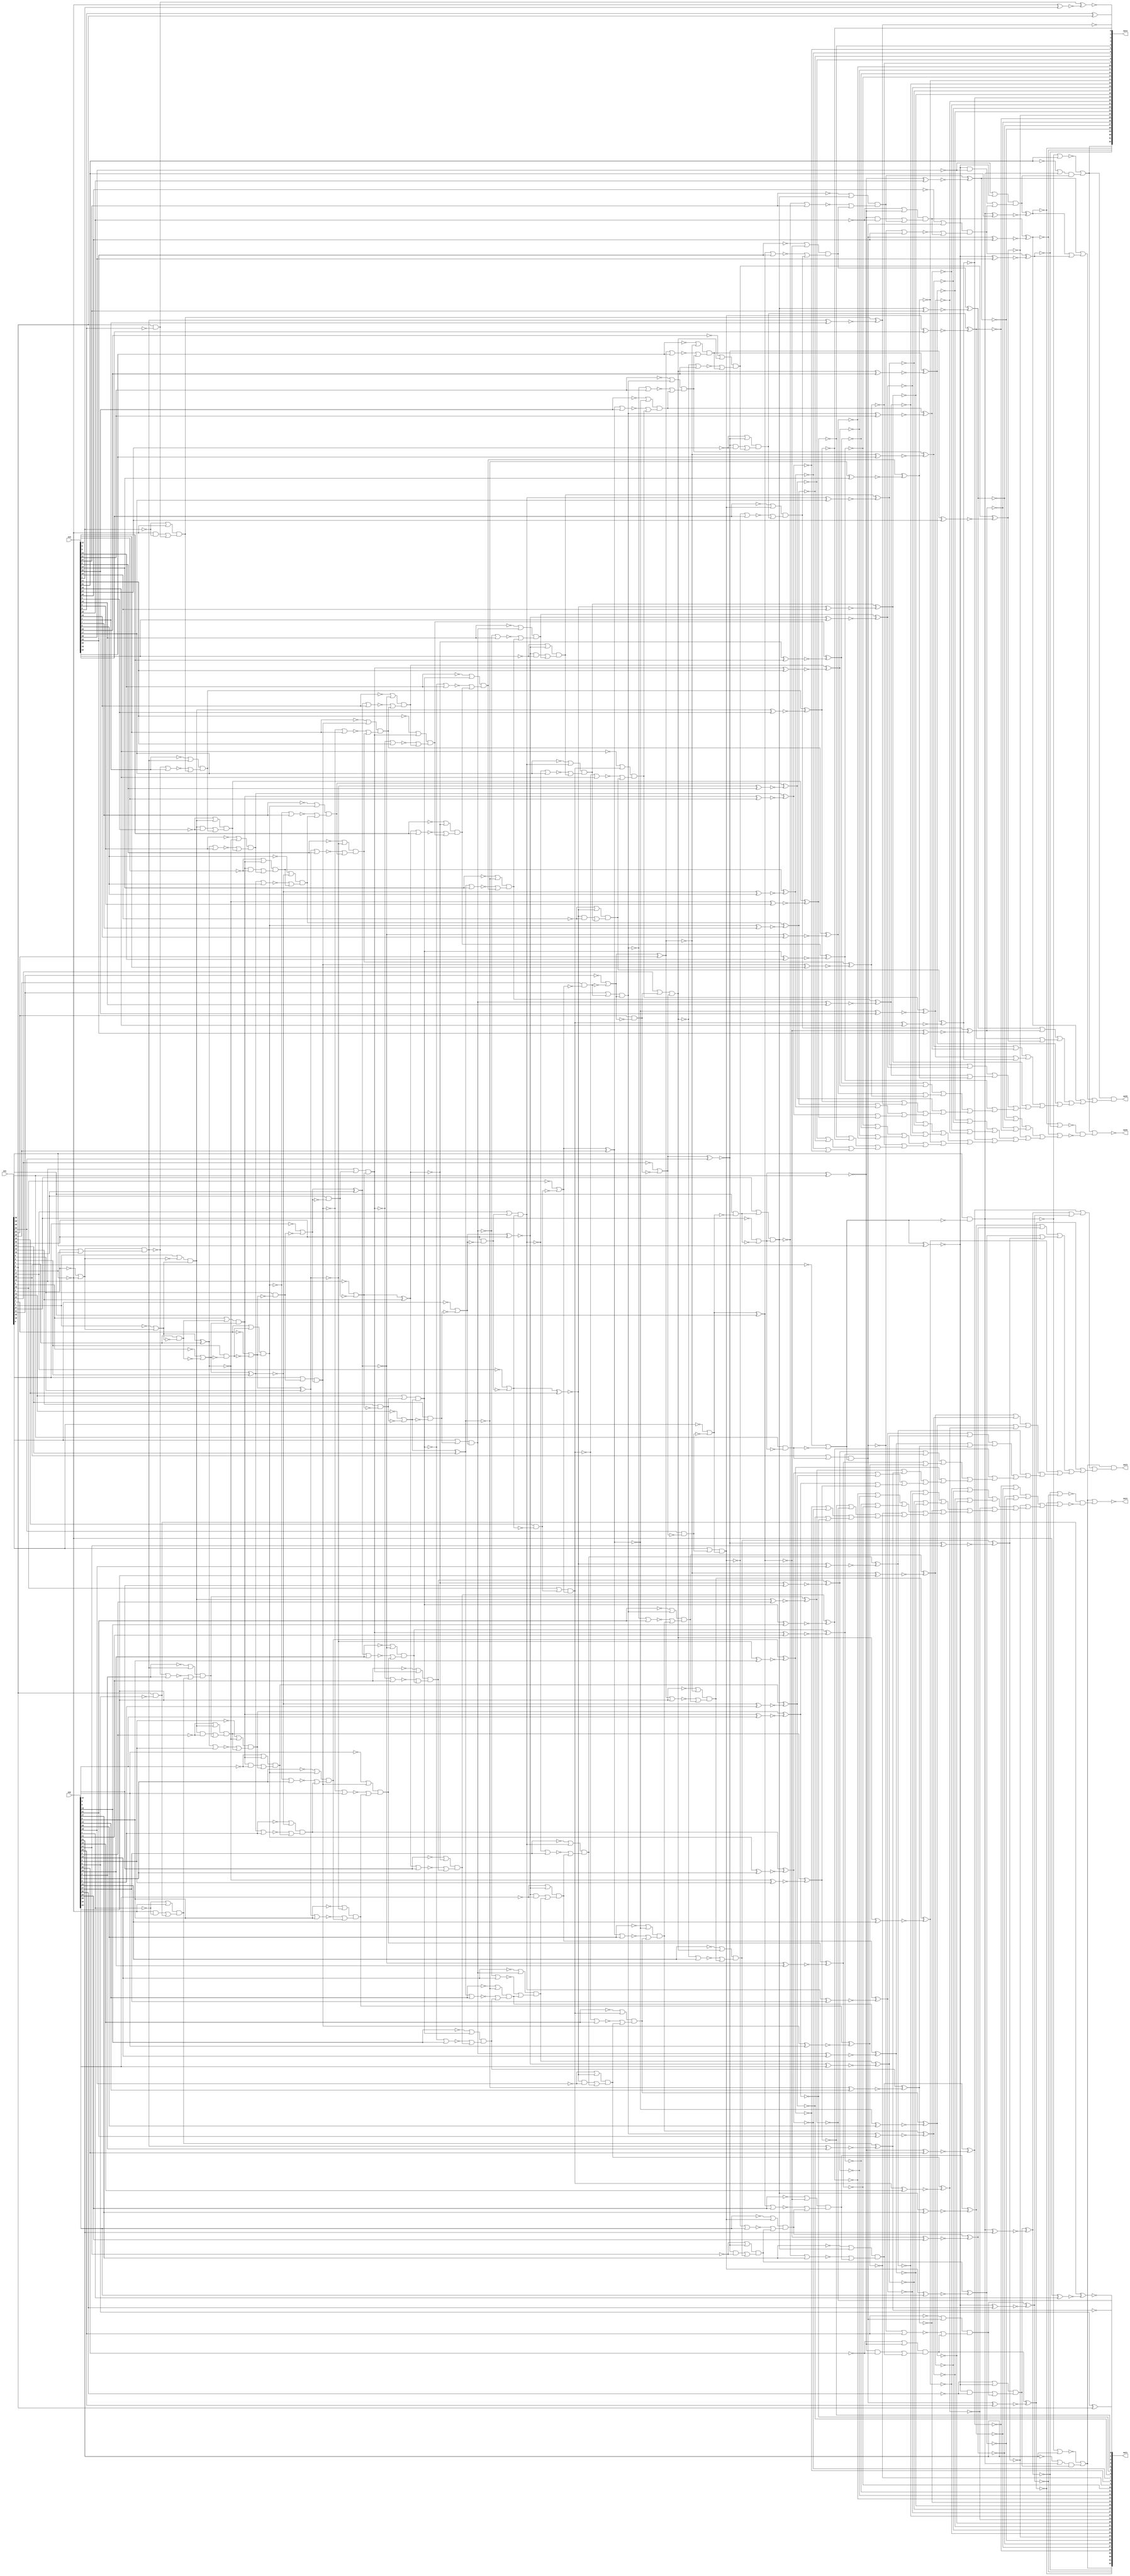
module top(in1, in2, in3, out1, out2, out3, out4, out5, out6);
  input [30:0] in1;
  input [31:0] in2, in3;
  output [32:0] out1, out4;
  output out2, out3, out5, out6;
  wire [30:0] in1;
  wire [31:0] in2, in3;
  wire [32:0] out1, out4;
  wire out2, out3, out5, out6;
  wire w__1, w__2, w__3, w__4, w__5, w__6, w__7, w__8;
  wire w__9, w__10, w__11, w__12, w__13, w__14, w__15, w__16;
  wire w__17, w__18, w__19, w__20, w__21, w__22, w__23, w__24;
  wire w__25, w__26, w__27, w__28, w__29, w__30, w__31, w__32;
  wire w__33, w__34, w__35, w__36, w__37, w__38, w__39, w__40;
  wire w__41, w__42, w__43, w__44, w__45, w__46, w__47, w__48;
  wire w__49, w__50, w__51, w__52, w__53, w__54, w__55, w__56;
  wire w__57, w__58, w__59, w__60, w__61, w__62, w__63, w__64;
  wire w__65, w__66, w__67, w__68, w__69, w__70, w__71, w__72;
  wire w__73, w__74, w__75, w__76, w__77, w__78, w__79, w__80;
  wire w__81, w__82, w__83, w__84, w__85, w__86, w__87, w__88;
  wire w__89, w__90, w__91, w__92, w__93, w__94, w__95, w__96;
  wire w__97, w__98, w__99, w__100, w__101, w__102, w__103, w__104;
  wire w__105, w__106, w__107, w__108, w__109, w__110, w__111, w__112;
  wire w__113, w__114, w__115, w__116, w__117, w__118, w__119, w__120;
  wire w__121, w__122, w__123, w__124, w__125, w__126, w__127, w__128;
  wire w__129, w__130, w__131, w__132, w__133, w__134, w__135, w__136;
  wire w__137, w__138, w__139, w__140, w__141, w__142, w__143, w__144;
  wire w__145, w__146, w__147, w__148, w__149, w__150, w__151, w__152;
  wire w__153, w__154, w__155, w__156, w__157, w__158, w__159, w__160;
  wire w__161, w__162, w__163, w__164, w__165, w__166, w__167, w__168;
  wire w__169, w__170, w__171, w__172, w__173, w__174, w__175, w__176;
  wire w__177, w__178, w__179, w__180, w__181, w__182, w__183, w__184;
  wire w__185, w__186, w__187, w__188, w__189, w__190, w__191, w__192;
  wire w__193, w__194, w__195, w__196, w__197, w__198, w__199, w__200;
  wire w__201, w__202, w__203, w__204, w__205, w__206, w__207, w__208;
  wire w__209, w__210, w__211, w__212, w__213, w__214, w__215, w__216;
  wire w__217, w__218, w__219, w__220, w__221, w__222, w__223, w__224;
  wire w__225, w__226, w__227, w__228, w__229, w__230, w__231, w__232;
  wire w__233, w__234, w__235, w__236, w__237, w__238, w__239, w__240;
  wire w__241, w__242, w__243, w__244, w__245, w__246, w__247, w__248;
  wire w__249, w__250, w__251, w__252, w__253, w__254, w__255, w__256;
  wire w__257, w__258, w__259, w__260, w__261, w__262, w__263, w__264;
  wire w__265, w__266, w__267, w__268, w__269, w__270, w__271, w__272;
  wire w__273, w__274, w__275, w__276, w__277, w__278, w__279, w__280;
  wire w__281, w__282, w__283, w__284, w__285, w__286, w__287, w__288;
  wire w__289, w__290, w__291, w__292, w__293, w__294, w__295, w__296;
  wire w__297, w__298, w__299, w__300, w__301, w__302, w__303, w__304;
  wire w__305, w__306, w__307, w__308, w__309, w__310, w__311, w__312;
  wire w__313, w__314, w__315, w__316, w__317, w__318, w__319, w__320;
  wire w__321, w__322, w__323, w__324, w__325, w__326, w__327, w__328;
  wire w__329, w__330, w__331, w__332, w__333, w__334, w__335, w__336;
  wire w__337, w__338, w__339, w__340, w__341, w__342, w__343, w__344;
  wire w__345, w__346, w__347, w__348, w__349, w__350, w__351, w__352;
  wire w__353, w__354, w__355, w__356, w__357, w__358, w__359, w__360;
  wire w__361, w__362, w__363, w__364, w__365, w__366, w__367, w__368;
  wire w__369, w__370, w__371, w__372, w__373, w__374, w__375, w__376;
  wire w__377, w__378, w__379, w__380, w__381, w__382, w__383, w__384;
  wire w__385, w__386, w__387, w__388, w__389, w__390, w__391, w__392;
  wire w__393, w__394, w__395, w__396, w__397, w__398, w__399, w__400;
  wire w__401, w__402, w__403, w__404, w__405, w__406, w__407, w__408;
  wire w__409, w__410, w__411, w__412, w__413, w__414, w__415, w__416;
  wire w__417, w__418, w__419, w__420, w__421, w__422, w__423, w__424;
  wire w__425, w__426, w__427, w__428, w__429, w__430, w__431, w__432;
  wire w__433, w__434, w__435, w__436, w__437, w__438, w__439, w__440;
  wire w__441, w__442, w__443, w__444, w__445, w__446, w__447, w__448;
  wire w__449, w__450, w__451, w__452, w__453, w__454, w__455, w__456;
  wire w__457, w__458, w__459, w__460, w__461, w__462, w__463, w__464;
  wire w__465, w__466, w__467, w__468, w__469, w__470, w__471, w__472;
  wire w__473, w__474, w__475, w__476, w__477, w__478, w__479, w__480;
  wire w__481, w__482, w__483, w__484, w__485, w__486, w__487, w__488;
  wire w__489, w__490, w__491, w__492, w__493, w__494, w__495, w__496;
  wire w__497, w__498, w__499, w__500, w__501, w__502, w__503, w__504;
  wire w__505, w__506, w__507, w__508, w__509, w__510, w__511, w__512;
  wire w__513, w__514, w__515, w__516, w__517, w__518, w__519, w__520;
  wire w__521, w__522, w__523, w__524, w__525, w__526, w__527, w__528;
  wire w__529, w__530, w__531, w__532, w__533, w__534, w__535, w__536;
  wire w__537, w__538, w__539, w__540, w__541, w__542, w__543, w__544;
  wire w__545, w__546, w__547, w__548, w__549, w__550, w__551, w__552;
  wire w__553, w__554, w__555, w__556, w__557, w__558, w__559, w__560;
  wire w__561, w__562, w__563, w__564, w__565, w__566, w__567, w__568;
  wire w__569, w__570, w__571, w__572, w__573, w__574, w__575, w__576;
  wire w__577, w__578, w__579, w__580, w__581, w__582, w__583, w__584;
  wire w__585, w__586, w__587, w__588, w__589, w__590, w__591, w__592;
  wire w__593, w__594, w__595, w__596, w__597, w__598, w__599, w__600;
  wire w__601, w__602, w__603, w__604, w__605, w__606, w__607, w__608;
  wire w__609, w__610, w__611, w__612, w__613, w__614, w__615, w__616;
  wire w__617, w__618, w__619, w__620, w__621, w__622, w__623, w__624;
  wire w__625, w__626, w__627, w__628, w__629, w__630, w__631, w__632;
  wire w__633, w__634, w__635, w__636, w__637, w__638, w__639, w__640;
  wire w__641, w__642, w__643, w__644, w__645, w__646, w__647, w__648;
  wire w__649, w__650, w__651, w__652, w__653, w__654, w__655, w__656;
  wire w__657, w__658, w__659, w__660, w__661, w__662, w__663, w__664;
  wire w__665, w__666, w__667, w__668, w__669, w__670, w__671, w__672;
  wire w__673, w__674, w__675, w__676, w__677, w__678, w__679, w__680;
  wire w__681, w__682, w__683, w__684, w__685, w__686, w__687, w__688;
  wire w__689, w__690, w__691, w__692, w__693, w__694, w__695, w__696;
  wire w__697, w__698, w__699, w__700, w__701, w__702, w__703, w__704;
  wire w__705, w__706, w__707, w__708, w__709, w__710, w__711, w__712;
  wire w__713, w__714, w__715, w__716, w__717, w__718, w__719, w__720;
  wire w__721, w__722, w__723, w__724, w__725, w__726, w__727, w__728;
  wire w__729, w__730, w__731, w__732, w__733, w__734, w__735, w__736;
  wire w__737, w__738, w__739, w__740, w__741, w__742, w__743, w__744;
  wire w__745, w__746, w__747, w__748, w__749, w__750, w__751, w__752;
  wire w__753, w__754, w__755, w__756, w__757, w__758, w__759, w__760;
  wire w__761, w__762, w__763, w__764, w__765, w__766, w__767, w__768;
  wire w__769, w__770, w__771, w__772, w__773, w__774, w__775, w__776;
  wire w__777, w__778, w__779, w__780, w__781, w__782, w__783, w__784;
  wire w__785, w__786, w__787, w__788, w__789, w__790, w__791, w__792;
  wire w__793, w__794, w__795, w__796, w__797, w__798, w__799, w__800;
  wire w__801, w__802, w__803, w__804, w__805, w__806, w__807, w__808;
  wire w__809, w__810, w__811, w__812, w__813, w__814, w__815, w__816;
  wire w__817, w__818, w__819, w__820, w__821, w__822, w__823, w__824;
  wire w__825, w__826, w__827, w__828, w__829, w__830, w__831, w__832;
  wire w__833, w__834, w__835, w__836, w__837, w__838, w__839, w__840;
  wire w__841, w__842, w__843, w__844, w__845, w__846, w__847, w__848;
  wire w__849, w__850, w__851, w__852, w__853, w__854, w__855, w__856;
  wire w__857, w__858, w__859, w__860, w__861, w__862, w__863, w__864;
  wire w__865, w__866, w__867, w__868;
  not g__1(w__264 ,in1[1]);
  xnor g__2(w__293 ,w__87 ,in1[30]);
  and g__3(w__294 ,in1[30] ,w__86);
  and g__4(w__292 ,w__85 ,w__87);
  not g__5(w__86 ,w__87);
  or g__6(w__87 ,w__15 ,w__84);
  or g__7(w__85 ,in1[29] ,w__83);
  xnor g__8(w__291 ,w__81 ,in1[28]);
  not g__9(w__84 ,w__83);
  and g__10(w__83 ,in1[28] ,w__80);
  and g__11(w__290 ,w__82 ,w__81);
  or g__12(w__82 ,in1[27] ,w__78);
  not g__13(w__80 ,w__81);
  or g__14(w__81 ,w__5 ,w__79);
  xnor g__15(w__289 ,w__76 ,in1[26]);
  not g__16(w__79 ,w__78);
  and g__17(w__78 ,in1[26] ,w__75);
  and g__18(w__288 ,w__77 ,w__76);
  or g__19(w__77 ,in1[25] ,w__73);
  not g__20(w__75 ,w__76);
  or g__21(w__76 ,w__3 ,w__74);
  xnor g__22(w__287 ,w__71 ,in1[24]);
  not g__23(w__74 ,w__73);
  and g__24(w__73 ,in1[24] ,w__70);
  and g__25(w__286 ,w__72 ,w__71);
  or g__26(w__72 ,in1[23] ,w__68);
  not g__27(w__70 ,w__71);
  or g__28(w__71 ,w__8 ,w__69);
  xnor g__29(w__285 ,w__67 ,in1[22]);
  not g__30(w__69 ,w__68);
  and g__31(w__68 ,in1[22] ,w__66);
  and g__32(w__284 ,w__65 ,w__67);
  not g__33(w__66 ,w__67);
  or g__34(w__67 ,w__4 ,w__64);
  or g__35(w__65 ,in1[21] ,w__63);
  xnor g__36(w__283 ,w__61 ,in1[20]);
  not g__37(w__64 ,w__63);
  and g__38(w__63 ,in1[20] ,w__60);
  and g__39(w__282 ,w__62 ,w__61);
  or g__40(w__62 ,in1[19] ,w__58);
  not g__41(w__60 ,w__61);
  or g__42(w__61 ,w__11 ,w__59);
  xnor g__43(w__281 ,w__56 ,in1[18]);
  not g__44(w__59 ,w__58);
  and g__45(w__58 ,in1[18] ,w__55);
  and g__46(w__280 ,w__57 ,w__56);
  or g__47(w__57 ,in1[17] ,w__53);
  not g__48(w__55 ,w__56);
  or g__49(w__56 ,w__16 ,w__54);
  xnor g__50(w__279 ,w__51 ,in1[16]);
  not g__51(w__54 ,w__53);
  and g__52(w__53 ,in1[16] ,w__50);
  and g__53(w__278 ,w__52 ,w__51);
  or g__54(w__52 ,in1[15] ,w__48);
  not g__55(w__50 ,w__51);
  or g__56(w__51 ,w__2 ,w__49);
  xnor g__57(w__277 ,w__47 ,in1[14]);
  not g__58(w__49 ,w__48);
  and g__59(w__48 ,in1[14] ,w__46);
  and g__60(w__276 ,w__45 ,w__47);
  not g__61(w__46 ,w__47);
  or g__62(w__47 ,w__9 ,w__44);
  or g__63(w__45 ,in1[13] ,w__43);
  xnor g__64(w__275 ,w__42 ,in1[12]);
  not g__65(w__44 ,w__43);
  and g__66(w__43 ,in1[12] ,w__41);
  and g__67(w__274 ,w__40 ,w__42);
  not g__68(w__41 ,w__42);
  or g__69(w__42 ,w__14 ,w__39);
  or g__70(w__40 ,in1[11] ,w__38);
  xnor g__71(w__273 ,w__36 ,in1[10]);
  not g__72(w__39 ,w__38);
  and g__73(w__38 ,in1[10] ,w__35);
  and g__74(w__272 ,w__37 ,w__36);
  or g__75(w__37 ,in1[9] ,w__33);
  not g__76(w__35 ,w__36);
  or g__77(w__36 ,w__1 ,w__34);
  xnor g__78(w__271 ,w__31 ,in1[8]);
  not g__79(w__34 ,w__33);
  and g__80(w__33 ,in1[8] ,w__30);
  and g__81(w__270 ,w__32 ,w__31);
  or g__82(w__32 ,in1[7] ,w__28);
  not g__83(w__30 ,w__31);
  or g__84(w__31 ,w__7 ,w__29);
  xnor g__85(w__269 ,w__26 ,in1[6]);
  not g__86(w__29 ,w__28);
  and g__87(w__28 ,in1[6] ,w__25);
  and g__88(w__268 ,w__27 ,w__26);
  or g__89(w__27 ,in1[5] ,w__23);
  not g__90(w__25 ,w__26);
  or g__91(w__26 ,w__13 ,w__24);
  xnor g__92(w__267 ,w__22 ,in1[4]);
  not g__93(w__24 ,w__23);
  and g__94(w__23 ,in1[4] ,w__21);
  and g__95(w__266 ,w__20 ,w__22);
  not g__96(w__21 ,w__22);
  or g__97(w__22 ,w__6 ,w__19);
  or g__98(w__20 ,in1[3] ,w__18);
  and g__99(w__265 ,w__19 ,w__17);
  not g__100(w__18 ,w__19);
  or g__101(w__19 ,w__10 ,w__12);
  or g__102(w__17 ,in1[2] ,in1[1]);
  not g__103(w__16 ,in1[17]);
  not g__104(w__15 ,in1[29]);
  not g__105(w__14 ,in1[11]);
  not g__106(w__13 ,in1[5]);
  not g__107(w__12 ,in1[1]);
  not g__108(w__11 ,in1[19]);
  not g__109(w__10 ,in1[2]);
  not g__110(w__9 ,in1[13]);
  not g__111(w__8 ,in1[23]);
  not g__112(w__7 ,in1[7]);
  not g__113(w__6 ,in1[3]);
  not g__114(w__5 ,in1[27]);
  not g__115(w__4 ,in1[21]);
  not g__116(w__3 ,in1[25]);
  not g__117(w__2 ,in1[15]);
  not g__118(w__1 ,in1[9]);
  nor g__119(w__116 ,out1[32] ,w__115);
  and g__120(w__115 ,w__99 ,w__114);
  nor g__121(w__114 ,out1[29] ,w__113);
  or g__122(w__113 ,w__102 ,w__112);
  or g__123(w__112 ,out1[24] ,w__111);
  or g__124(w__111 ,w__104 ,w__110);
  or g__125(w__110 ,out1[19] ,w__109);
  or g__126(w__109 ,w__100 ,w__108);
  or g__127(w__108 ,out1[14] ,w__107);
  or g__128(w__107 ,w__103 ,w__106);
  or g__129(w__106 ,out1[9] ,w__105);
  or g__130(w__105 ,w__93 ,w__101);
  or g__131(w__104 ,w__96 ,w__92);
  or g__132(w__103 ,w__97 ,w__95);
  or g__133(w__102 ,w__94 ,w__89);
  or g__134(w__101 ,w__91 ,w__90);
  or g__135(w__100 ,w__88 ,w__98);
  nor g__136(w__99 ,out1[31] ,out1[30]);
  or g__137(w__98 ,out1[16] ,out1[15]);
  or g__138(w__97 ,out1[13] ,out1[12]);
  or g__139(w__96 ,out1[23] ,out1[22]);
  or g__140(w__95 ,out1[11] ,out1[10]);
  or g__141(w__94 ,out1[28] ,out1[27]);
  or g__142(w__93 ,out1[4] ,out1[3]);
  or g__143(w__92 ,out1[21] ,out1[20]);
  or g__144(w__91 ,out1[8] ,out1[7]);
  or g__145(w__90 ,out1[6] ,out1[5]);
  or g__146(w__89 ,out1[26] ,out1[25]);
  or g__147(w__88 ,out1[18] ,out1[17]);
  buf g__148(out2 ,w__116);
  and g__149(out3 ,out1[32] ,w__175);
  or g__150(w__175 ,w__164 ,w__174);
  or g__151(w__174 ,w__126 ,w__173);
  or g__152(w__173 ,w__160 ,w__172);
  or g__153(w__172 ,w__120 ,w__171);
  or g__154(w__171 ,w__161 ,w__170);
  or g__155(w__170 ,w__143 ,w__169);
  or g__156(w__169 ,w__163 ,w__168);
  or g__157(w__168 ,w__132 ,w__167);
  or g__158(w__167 ,w__162 ,w__166);
  or g__159(w__166 ,w__146 ,w__165);
  or g__160(w__165 ,w__151 ,w__159);
  or g__161(w__164 ,w__136 ,w__152);
  or g__162(w__163 ,w__157 ,w__156);
  or g__163(w__162 ,w__155 ,w__153);
  or g__164(w__161 ,w__154 ,w__150);
  or g__165(w__160 ,w__149 ,w__158);
  or g__166(w__159 ,w__148 ,w__147);
  or g__167(w__158 ,w__131 ,w__129);
  or g__168(w__157 ,w__118 ,w__122);
  or g__169(w__156 ,w__121 ,w__128);
  or g__170(w__155 ,w__119 ,w__124);
  or g__171(w__154 ,w__125 ,w__130);
  or g__172(w__153 ,w__127 ,w__123);
  or g__173(w__152 ,w__141 ,w__145);
  or g__174(w__151 ,w__138 ,w__140);
  or g__175(w__150 ,w__135 ,w__139);
  or g__176(w__149 ,w__137 ,w__144);
  or g__177(w__148 ,w__142 ,w__117);
  or g__178(w__147 ,w__133 ,w__134);
  not g__179(w__146 ,out1[8]);
  not g__180(w__145 ,out1[30]);
  not g__181(w__144 ,out1[26]);
  not g__182(w__143 ,out1[18]);
  not g__183(w__142 ,out1[7]);
  not g__184(w__141 ,out1[31]);
  not g__185(w__140 ,out1[2]);
  not g__186(w__139 ,out1[19]);
  not g__187(w__138 ,out1[3]);
  not g__188(w__137 ,out1[27]);
  not g__189(w__136 ,out1[28]);
  not g__190(w__135 ,out1[20]);
  not g__191(w__134 ,out1[4]);
  not g__192(w__133 ,out1[5]);
  not g__193(w__132 ,out1[13]);
  not g__194(w__131 ,out1[25]);
  not g__195(w__130 ,out1[21]);
  not g__196(w__129 ,out1[24]);
  not g__197(w__128 ,out1[14]);
  not g__198(w__127 ,out1[10]);
  not g__199(w__126 ,out1[29]);
  not g__200(w__125 ,out1[22]);
  not g__201(w__124 ,out1[11]);
  not g__202(w__123 ,out1[9]);
  not g__203(w__122 ,out1[16]);
  not g__204(w__121 ,out1[15]);
  not g__205(w__120 ,out1[23]);
  not g__206(w__119 ,out1[12]);
  not g__207(w__118 ,out1[17]);
  not g__208(w__117 ,out1[6]);
  nor g__209(w__204 ,out4[32] ,w__203);
  and g__210(w__203 ,w__187 ,w__202);
  nor g__211(w__202 ,out4[29] ,w__201);
  or g__212(w__201 ,w__190 ,w__200);
  or g__213(w__200 ,out4[24] ,w__199);
  or g__214(w__199 ,w__192 ,w__198);
  or g__215(w__198 ,out4[19] ,w__197);
  or g__216(w__197 ,w__188 ,w__196);
  or g__217(w__196 ,out4[14] ,w__195);
  or g__218(w__195 ,w__191 ,w__194);
  or g__219(w__194 ,out4[9] ,w__193);
  or g__220(w__193 ,w__181 ,w__189);
  or g__221(w__192 ,w__184 ,w__180);
  or g__222(w__191 ,w__185 ,w__183);
  or g__223(w__190 ,w__182 ,w__177);
  or g__224(w__189 ,w__179 ,w__178);
  or g__225(w__188 ,w__176 ,w__186);
  nor g__226(w__187 ,out4[31] ,out4[30]);
  or g__227(w__186 ,out4[16] ,out4[15]);
  or g__228(w__185 ,out4[13] ,out4[12]);
  or g__229(w__184 ,out4[23] ,out4[22]);
  or g__230(w__183 ,out4[11] ,out4[10]);
  or g__231(w__182 ,out4[28] ,out4[27]);
  or g__232(w__181 ,out4[4] ,out4[3]);
  or g__233(w__180 ,out4[21] ,out4[20]);
  or g__234(w__179 ,out4[8] ,out4[7]);
  or g__235(w__178 ,out4[6] ,out4[5]);
  or g__236(w__177 ,out4[26] ,out4[25]);
  or g__237(w__176 ,out4[18] ,out4[17]);
  buf g__238(out5 ,w__204);
  and g__239(out6 ,out4[32] ,w__263);
  or g__240(w__263 ,w__252 ,w__262);
  or g__241(w__262 ,w__214 ,w__261);
  or g__242(w__261 ,w__248 ,w__260);
  or g__243(w__260 ,w__208 ,w__259);
  or g__244(w__259 ,w__249 ,w__258);
  or g__245(w__258 ,w__231 ,w__257);
  or g__246(w__257 ,w__251 ,w__256);
  or g__247(w__256 ,w__220 ,w__255);
  or g__248(w__255 ,w__250 ,w__254);
  or g__249(w__254 ,w__234 ,w__253);
  or g__250(w__253 ,w__239 ,w__247);
  or g__251(w__252 ,w__224 ,w__240);
  or g__252(w__251 ,w__245 ,w__244);
  or g__253(w__250 ,w__243 ,w__241);
  or g__254(w__249 ,w__242 ,w__238);
  or g__255(w__248 ,w__237 ,w__246);
  or g__256(w__247 ,w__236 ,w__235);
  or g__257(w__246 ,w__219 ,w__217);
  or g__258(w__245 ,w__206 ,w__210);
  or g__259(w__244 ,w__209 ,w__216);
  or g__260(w__243 ,w__207 ,w__212);
  or g__261(w__242 ,w__213 ,w__218);
  or g__262(w__241 ,w__215 ,w__211);
  or g__263(w__240 ,w__229 ,w__233);
  or g__264(w__239 ,w__226 ,w__228);
  or g__265(w__238 ,w__223 ,w__227);
  or g__266(w__237 ,w__225 ,w__232);
  or g__267(w__236 ,w__230 ,w__205);
  or g__268(w__235 ,w__221 ,w__222);
  not g__269(w__234 ,out4[8]);
  not g__270(w__233 ,out4[30]);
  not g__271(w__232 ,out4[26]);
  not g__272(w__231 ,out4[18]);
  not g__273(w__230 ,out4[7]);
  not g__274(w__229 ,out4[31]);
  not g__275(w__228 ,out4[2]);
  not g__276(w__227 ,out4[19]);
  not g__277(w__226 ,out4[3]);
  not g__278(w__225 ,out4[27]);
  not g__279(w__224 ,out4[28]);
  not g__280(w__223 ,out4[20]);
  not g__281(w__222 ,out4[4]);
  not g__282(w__221 ,out4[5]);
  not g__283(w__220 ,out4[13]);
  not g__284(w__219 ,out4[25]);
  not g__285(w__218 ,out4[21]);
  not g__286(w__217 ,out4[24]);
  not g__287(w__216 ,out4[14]);
  not g__288(w__215 ,out4[10]);
  not g__289(w__214 ,out4[29]);
  not g__290(w__213 ,out4[22]);
  not g__291(w__212 ,out4[11]);
  not g__292(w__211 ,out4[9]);
  not g__293(w__210 ,out4[16]);
  not g__294(w__209 ,out4[15]);
  not g__295(w__208 ,out4[23]);
  not g__296(w__207 ,out4[12]);
  not g__297(w__206 ,out4[17]);
  not g__298(w__205 ,out4[6]);
  or g__299(w__581 ,w__425 ,w__579);
  xnor g__300(w__580 ,w__578 ,w__470);
  and g__301(w__579 ,w__404 ,w__578);
  and g__302(w__578 ,w__449 ,w__576);
  xnor g__303(w__577 ,w__575 ,w__469);
  or g__304(w__576 ,w__415 ,w__575);
  and g__305(w__575 ,w__403 ,w__573);
  xnor g__306(w__574 ,w__572 ,w__468);
  or g__307(w__573 ,w__441 ,w__572);
  and g__308(w__572 ,w__437 ,w__570);
  xnor g__309(w__571 ,w__569 ,w__467);
  or g__310(w__570 ,w__420 ,w__569);
  and g__311(w__569 ,w__414 ,w__567);
  xnor g__312(w__568 ,w__566 ,w__466);
  or g__313(w__567 ,w__398 ,w__566);
  and g__314(w__566 ,w__457 ,w__564);
  xnor g__315(w__565 ,w__563 ,w__465);
  or g__316(w__564 ,w__444 ,w__563);
  and g__317(w__563 ,w__433 ,w__561);
  xnor g__318(w__562 ,w__560 ,w__464);
  or g__319(w__561 ,w__434 ,w__560);
  and g__320(w__560 ,w__432 ,w__558);
  xnor g__321(w__559 ,w__557 ,w__463);
  or g__322(w__558 ,w__421 ,w__557);
  and g__323(w__557 ,w__419 ,w__555);
  xnor g__324(w__556 ,w__554 ,w__462);
  or g__325(w__555 ,w__459 ,w__554);
  and g__326(w__554 ,w__409 ,w__552);
  xnor g__327(w__553 ,w__551 ,w__461);
  or g__328(w__552 ,w__400 ,w__551);
  and g__329(w__551 ,w__397 ,w__549);
  xnor g__330(w__550 ,w__548 ,w__460);
  or g__331(w__549 ,w__438 ,w__548);
  and g__332(w__548 ,w__453 ,w__546);
  xnor g__333(w__547 ,w__545 ,w__490);
  or g__334(w__546 ,w__443 ,w__545);
  and g__335(w__545 ,w__448 ,w__543);
  xnor g__336(w__544 ,w__542 ,w__489);
  or g__337(w__543 ,w__442 ,w__542);
  and g__338(w__542 ,w__439 ,w__540);
  xnor g__339(w__541 ,w__539 ,w__488);
  or g__340(w__540 ,w__413 ,w__539);
  and g__341(w__539 ,w__430 ,w__537);
  xnor g__342(w__538 ,w__536 ,w__487);
  or g__343(w__537 ,w__456 ,w__536);
  and g__344(w__536 ,w__429 ,w__534);
  xnor g__345(w__535 ,w__533 ,w__486);
  or g__346(w__534 ,w__423 ,w__533);
  and g__347(w__533 ,w__422 ,w__531);
  xnor g__348(w__532 ,w__530 ,w__485);
  or g__349(w__531 ,w__418 ,w__530);
  and g__350(w__530 ,w__417 ,w__528);
  xnor g__351(w__529 ,w__527 ,w__484);
  or g__352(w__528 ,w__412 ,w__527);
  and g__353(w__527 ,w__427 ,w__525);
  xnor g__354(w__526 ,w__524 ,w__483);
  or g__355(w__525 ,w__406 ,w__524);
  and g__356(w__524 ,w__405 ,w__522);
  xnor g__357(w__523 ,w__521 ,w__482);
  or g__358(w__522 ,w__402 ,w__521);
  and g__359(w__521 ,w__401 ,w__519);
  xnor g__360(w__520 ,w__518 ,w__481);
  or g__361(w__519 ,w__426 ,w__518);
  and g__362(w__518 ,w__458 ,w__516);
  xnor g__363(w__517 ,w__515 ,w__480);
  or g__364(w__516 ,w__455 ,w__515);
  and g__365(w__515 ,w__454 ,w__513);
  xnor g__366(w__514 ,w__512 ,w__479);
  or g__367(w__513 ,w__452 ,w__512);
  and g__368(w__512 ,w__451 ,w__510);
  xnor g__369(w__511 ,w__509 ,w__478);
  or g__370(w__510 ,w__447 ,w__509);
  and g__371(w__509 ,w__446 ,w__507);
  xnor g__372(w__508 ,w__506 ,w__477);
  or g__373(w__507 ,w__450 ,w__506);
  and g__374(w__506 ,w__431 ,w__504);
  xnor g__375(w__505 ,w__503 ,w__476);
  or g__376(w__504 ,w__440 ,w__503);
  and g__377(w__503 ,w__445 ,w__501);
  xnor g__378(w__502 ,w__500 ,w__475);
  or g__379(w__501 ,w__407 ,w__500);
  and g__380(w__500 ,w__399 ,w__498);
  xnor g__381(w__499 ,w__497 ,w__474);
  or g__382(w__498 ,w__410 ,w__497);
  and g__383(w__497 ,w__435 ,w__495);
  xnor g__384(w__496 ,w__494 ,w__473);
  or g__385(w__495 ,w__408 ,w__494);
  and g__386(w__494 ,w__424 ,w__493);
  xnor g__387(out1[2] ,w__492 ,w__472);
  or g__388(w__493 ,w__416 ,w__492);
  xnor g__389(out1[1] ,w__428 ,w__471);
  and g__390(w__492 ,w__436 ,w__491);
  xor g__391(out1[0] ,in2[0] ,in1[0]);
  or g__392(w__491 ,w__411 ,w__428);
  xnor g__393(w__490 ,w__338 ,in2[20]);
  xnor g__394(w__489 ,w__329 ,in2[19]);
  xnor g__395(w__488 ,w__315 ,in2[18]);
  xnor g__396(w__487 ,w__331 ,in2[17]);
  xnor g__397(w__486 ,w__318 ,in2[16]);
  xnor g__398(w__485 ,w__320 ,in2[15]);
  xnor g__399(w__484 ,w__333 ,in2[14]);
  xnor g__400(w__483 ,w__324 ,in2[13]);
  xnor g__401(w__482 ,w__335 ,in2[12]);
  xnor g__402(w__481 ,w__327 ,in2[11]);
  xnor g__403(w__480 ,w__339 ,in2[10]);
  xnor g__404(w__479 ,w__330 ,in2[9]);
  xnor g__405(w__478 ,w__340 ,in2[8]);
  xnor g__406(w__477 ,w__322 ,in2[7]);
  xnor g__407(w__476 ,w__336 ,in2[6]);
  xnor g__408(w__475 ,w__303 ,in2[5]);
  xnor g__409(w__474 ,w__341 ,in2[4]);
  xnor g__410(w__473 ,w__300 ,in2[3]);
  xnor g__411(w__472 ,w__332 ,in2[2]);
  xnor g__412(w__471 ,w__297 ,in2[1]);
  xnor g__413(w__470 ,w__319 ,in2[31]);
  xnor g__414(w__469 ,w__306 ,in2[30]);
  xnor g__415(w__468 ,w__321 ,in2[29]);
  xnor g__416(w__467 ,w__309 ,in2[28]);
  xnor g__417(w__466 ,w__323 ,in2[27]);
  xnor g__418(w__465 ,w__334 ,in2[26]);
  xnor g__419(w__464 ,w__325 ,in2[25]);
  xnor g__420(w__463 ,w__312 ,in2[24]);
  xnor g__421(w__462 ,w__326 ,in2[23]);
  xnor g__422(w__461 ,w__337 ,in2[22]);
  xnor g__423(w__460 ,w__328 ,in2[21]);
  nor g__424(w__459 ,w__345 ,in2[23]);
  or g__425(w__458 ,w__375 ,w__339);
  or g__426(w__457 ,w__368 ,w__334);
  nor g__427(w__456 ,w__355 ,in2[17]);
  nor g__428(w__455 ,w__350 ,in2[10]);
  or g__429(w__454 ,w__395 ,w__330);
  or g__430(w__453 ,w__388 ,w__338);
  nor g__431(w__452 ,w__342 ,in2[9]);
  or g__432(w__451 ,w__390 ,w__340);
  nor g__433(w__450 ,w__348 ,in2[7]);
  or g__434(w__449 ,w__369 ,w__305);
  or g__435(w__448 ,w__383 ,w__329);
  nor g__436(w__447 ,w__354 ,in2[8]);
  or g__437(w__446 ,w__373 ,w__322);
  or g__438(w__445 ,w__394 ,w__302);
  nor g__439(w__444 ,w__364 ,in2[26]);
  nor g__440(w__443 ,w__357 ,in2[20]);
  nor g__441(w__442 ,w__347 ,in2[19]);
  nor g__442(w__441 ,w__359 ,in2[29]);
  nor g__443(w__440 ,w__358 ,in2[6]);
  or g__444(w__439 ,w__387 ,w__314);
  nor g__445(w__438 ,w__349 ,in2[21]);
  or g__446(w__437 ,w__376 ,w__308);
  or g__447(w__436 ,w__386 ,w__296);
  or g__448(w__435 ,w__380 ,w__299);
  nor g__449(w__434 ,w__351 ,in2[25]);
  or g__450(w__433 ,w__367 ,w__325);
  or g__451(w__432 ,w__382 ,w__311);
  or g__452(w__431 ,w__372 ,w__336);
  or g__453(w__430 ,w__370 ,w__331);
  or g__454(w__429 ,w__366 ,w__317);
  or g__455(w__427 ,w__393 ,w__324);
  nor g__456(w__426 ,w__360 ,in2[11]);
  nor g__457(w__425 ,w__343 ,in2[31]);
  or g__458(w__424 ,w__374 ,w__332);
  and g__459(w__423 ,w__318 ,w__366);
  or g__460(w__422 ,w__379 ,w__320);
  and g__461(w__421 ,w__312 ,w__382);
  and g__462(w__420 ,w__309 ,w__376);
  or g__463(w__419 ,w__371 ,w__326);
  nor g__464(w__418 ,w__344 ,in2[15]);
  or g__465(w__417 ,w__389 ,w__333);
  nor g__466(w__416 ,w__353 ,in2[2]);
  and g__467(w__415 ,w__306 ,w__369);
  or g__468(w__414 ,w__391 ,w__323);
  and g__469(w__413 ,w__315 ,w__387);
  nor g__470(w__412 ,w__352 ,in2[14]);
  and g__471(w__411 ,w__297 ,w__386);
  nor g__472(w__410 ,w__361 ,in2[4]);
  or g__473(w__409 ,w__365 ,w__337);
  and g__474(w__408 ,w__300 ,w__380);
  and g__475(w__407 ,w__303 ,w__394);
  nor g__476(w__406 ,w__363 ,in2[13]);
  or g__477(w__405 ,w__396 ,w__335);
  or g__478(w__404 ,w__384 ,w__319);
  or g__479(w__403 ,w__381 ,w__321);
  nor g__480(w__402 ,w__356 ,in2[12]);
  or g__481(w__401 ,w__385 ,w__327);
  nor g__482(w__400 ,w__362 ,in2[22]);
  or g__483(w__399 ,w__378 ,w__341);
  nor g__484(w__398 ,w__346 ,in2[27]);
  or g__485(w__397 ,w__392 ,w__328);
  and g__486(w__428 ,in1[0] ,w__377);
  not g__487(w__396 ,in2[12]);
  not g__488(w__395 ,in2[9]);
  not g__489(w__394 ,in2[5]);
  not g__490(w__393 ,in2[13]);
  not g__491(w__392 ,in2[21]);
  not g__492(w__391 ,in2[27]);
  not g__493(w__390 ,in2[8]);
  not g__494(w__389 ,in2[14]);
  not g__495(w__388 ,in2[20]);
  not g__496(w__387 ,in2[18]);
  not g__497(w__386 ,in2[1]);
  not g__498(w__385 ,in2[11]);
  not g__499(w__384 ,in2[31]);
  not g__500(w__383 ,in2[19]);
  not g__501(w__382 ,in2[24]);
  not g__502(w__381 ,in2[29]);
  not g__503(w__380 ,in2[3]);
  not g__504(w__379 ,in2[15]);
  not g__505(w__378 ,in2[4]);
  not g__506(w__377 ,in2[0]);
  not g__507(w__376 ,in2[28]);
  not g__508(w__375 ,in2[10]);
  not g__509(w__374 ,in2[2]);
  not g__510(w__373 ,in2[7]);
  not g__511(w__372 ,in2[6]);
  not g__512(w__371 ,in2[23]);
  not g__513(w__370 ,in2[17]);
  not g__514(w__369 ,in2[30]);
  not g__515(w__368 ,in2[26]);
  not g__516(w__367 ,in2[25]);
  not g__517(w__366 ,in2[16]);
  not g__518(w__365 ,in2[22]);
  not g__519(w__341 ,w__361);
  not g__520(w__361 ,w__267);
  not g__521(w__340 ,w__354);
  not g__522(w__354 ,w__271);
  not g__523(w__339 ,w__350);
  not g__524(w__350 ,w__273);
  not g__525(w__338 ,w__357);
  not g__526(w__357 ,w__283);
  not g__527(w__337 ,w__362);
  not g__528(w__362 ,w__285);
  not g__529(w__336 ,w__358);
  not g__530(w__358 ,w__269);
  not g__531(w__335 ,w__356);
  not g__532(w__356 ,w__275);
  not g__533(w__334 ,w__364);
  not g__534(w__364 ,w__289);
  not g__535(w__333 ,w__352);
  not g__536(w__352 ,w__277);
  not g__537(w__332 ,w__353);
  not g__538(w__353 ,w__265);
  not g__539(w__331 ,w__355);
  not g__540(w__355 ,w__280);
  not g__541(w__330 ,w__342);
  not g__542(w__342 ,w__272);
  not g__543(w__329 ,w__347);
  not g__544(w__347 ,w__282);
  not g__545(w__328 ,w__349);
  not g__546(w__349 ,w__284);
  not g__547(w__327 ,w__360);
  not g__548(w__360 ,w__274);
  not g__549(w__326 ,w__345);
  not g__550(w__345 ,w__286);
  not g__551(w__325 ,w__351);
  not g__552(w__351 ,w__288);
  not g__553(w__324 ,w__363);
  not g__554(w__363 ,w__276);
  not g__555(w__323 ,w__346);
  not g__556(w__346 ,w__290);
  not g__557(w__322 ,w__348);
  not g__558(w__348 ,w__270);
  not g__559(w__321 ,w__359);
  not g__560(w__359 ,w__292);
  not g__561(w__320 ,w__344);
  not g__562(w__344 ,w__278);
  not g__563(w__319 ,w__343);
  not g__564(w__343 ,w__294);
  not g__565(w__318 ,w__316);
  not g__566(w__317 ,w__316);
  not g__567(w__316 ,w__279);
  not g__568(w__315 ,w__313);
  not g__569(w__314 ,w__313);
  not g__570(w__313 ,w__281);
  not g__571(w__312 ,w__310);
  not g__572(w__311 ,w__310);
  not g__573(w__310 ,w__287);
  not g__574(w__309 ,w__307);
  not g__575(w__308 ,w__307);
  not g__576(w__307 ,w__291);
  not g__577(w__306 ,w__304);
  not g__578(w__305 ,w__304);
  not g__579(w__304 ,w__293);
  not g__580(w__303 ,w__301);
  not g__581(w__302 ,w__301);
  not g__582(w__301 ,w__268);
  not g__583(w__300 ,w__298);
  not g__584(w__299 ,w__298);
  not g__585(w__298 ,w__266);
  not g__586(w__297 ,w__295);
  not g__587(w__296 ,w__295);
  not g__588(w__295 ,w__264);
  buf g__589(out1[31] ,w__580);
  buf g__590(out1[29] ,w__574);
  buf g__591(out1[30] ,w__577);
  buf g__592(out1[32] ,w__581);
  buf g__593(out1[10] ,w__517);
  buf g__594(out1[7] ,w__508);
  buf g__595(out1[8] ,w__511);
  buf g__596(out1[19] ,w__544);
  buf g__597(out1[14] ,w__529);
  buf g__598(out1[4] ,w__499);
  buf g__599(out1[3] ,w__496);
  buf g__600(out1[5] ,w__502);
  buf g__601(out1[11] ,w__520);
  buf g__602(out1[12] ,w__523);
  buf g__603(out1[25] ,w__562);
  buf g__604(out1[21] ,w__550);
  buf g__605(out1[27] ,w__568);
  buf g__606(out1[23] ,w__556);
  buf g__607(out1[18] ,w__541);
  buf g__608(out1[24] ,w__559);
  buf g__609(out1[15] ,w__532);
  buf g__610(out1[16] ,w__535);
  buf g__611(out1[17] ,w__538);
  buf g__612(out1[22] ,w__553);
  buf g__613(out1[28] ,w__571);
  buf g__614(out1[6] ,w__505);
  buf g__615(out1[26] ,w__565);
  buf g__616(out1[9] ,w__514);
  buf g__617(out1[13] ,w__526);
  buf g__618(out1[20] ,w__547);
  or g__619(w__868 ,w__712 ,w__866);
  xnor g__620(w__867 ,w__865 ,w__757);
  and g__621(w__866 ,w__691 ,w__865);
  and g__622(w__865 ,w__736 ,w__863);
  xnor g__623(w__864 ,w__862 ,w__756);
  or g__624(w__863 ,w__702 ,w__862);
  and g__625(w__862 ,w__690 ,w__860);
  xnor g__626(w__861 ,w__859 ,w__755);
  or g__627(w__860 ,w__728 ,w__859);
  and g__628(w__859 ,w__724 ,w__857);
  xnor g__629(w__858 ,w__856 ,w__754);
  or g__630(w__857 ,w__707 ,w__856);
  and g__631(w__856 ,w__701 ,w__854);
  xnor g__632(w__855 ,w__853 ,w__753);
  or g__633(w__854 ,w__685 ,w__853);
  and g__634(w__853 ,w__744 ,w__851);
  xnor g__635(w__852 ,w__850 ,w__752);
  or g__636(w__851 ,w__731 ,w__850);
  and g__637(w__850 ,w__720 ,w__848);
  xnor g__638(w__849 ,w__847 ,w__751);
  or g__639(w__848 ,w__721 ,w__847);
  and g__640(w__847 ,w__719 ,w__845);
  xnor g__641(w__846 ,w__844 ,w__750);
  or g__642(w__845 ,w__708 ,w__844);
  and g__643(w__844 ,w__706 ,w__842);
  xnor g__644(w__843 ,w__841 ,w__749);
  or g__645(w__842 ,w__746 ,w__841);
  and g__646(w__841 ,w__696 ,w__839);
  xnor g__647(w__840 ,w__838 ,w__748);
  or g__648(w__839 ,w__687 ,w__838);
  and g__649(w__838 ,w__684 ,w__836);
  xnor g__650(w__837 ,w__835 ,w__747);
  or g__651(w__836 ,w__725 ,w__835);
  and g__652(w__835 ,w__740 ,w__833);
  xnor g__653(w__834 ,w__832 ,w__777);
  or g__654(w__833 ,w__730 ,w__832);
  and g__655(w__832 ,w__735 ,w__830);
  xnor g__656(w__831 ,w__829 ,w__776);
  or g__657(w__830 ,w__729 ,w__829);
  and g__658(w__829 ,w__726 ,w__827);
  xnor g__659(w__828 ,w__826 ,w__775);
  or g__660(w__827 ,w__700 ,w__826);
  and g__661(w__826 ,w__717 ,w__824);
  xnor g__662(w__825 ,w__823 ,w__774);
  or g__663(w__824 ,w__743 ,w__823);
  and g__664(w__823 ,w__716 ,w__821);
  xnor g__665(w__822 ,w__820 ,w__773);
  or g__666(w__821 ,w__710 ,w__820);
  and g__667(w__820 ,w__709 ,w__818);
  xnor g__668(w__819 ,w__817 ,w__772);
  or g__669(w__818 ,w__705 ,w__817);
  and g__670(w__817 ,w__704 ,w__815);
  xnor g__671(w__816 ,w__814 ,w__771);
  or g__672(w__815 ,w__699 ,w__814);
  and g__673(w__814 ,w__714 ,w__812);
  xnor g__674(w__813 ,w__811 ,w__770);
  or g__675(w__812 ,w__693 ,w__811);
  and g__676(w__811 ,w__692 ,w__809);
  xnor g__677(w__810 ,w__808 ,w__769);
  or g__678(w__809 ,w__689 ,w__808);
  and g__679(w__808 ,w__688 ,w__806);
  xnor g__680(w__807 ,w__805 ,w__768);
  or g__681(w__806 ,w__713 ,w__805);
  and g__682(w__805 ,w__745 ,w__803);
  xnor g__683(w__804 ,w__802 ,w__767);
  or g__684(w__803 ,w__742 ,w__802);
  and g__685(w__802 ,w__741 ,w__800);
  xnor g__686(w__801 ,w__799 ,w__766);
  or g__687(w__800 ,w__739 ,w__799);
  and g__688(w__799 ,w__738 ,w__797);
  xnor g__689(w__798 ,w__796 ,w__765);
  or g__690(w__797 ,w__734 ,w__796);
  and g__691(w__796 ,w__733 ,w__794);
  xnor g__692(w__795 ,w__793 ,w__764);
  or g__693(w__794 ,w__737 ,w__793);
  and g__694(w__793 ,w__718 ,w__791);
  xnor g__695(w__792 ,w__790 ,w__763);
  or g__696(w__791 ,w__727 ,w__790);
  and g__697(w__790 ,w__732 ,w__788);
  xnor g__698(w__789 ,w__787 ,w__762);
  or g__699(w__788 ,w__694 ,w__787);
  and g__700(w__787 ,w__686 ,w__785);
  xnor g__701(w__786 ,w__784 ,w__761);
  or g__702(w__785 ,w__697 ,w__784);
  and g__703(w__784 ,w__722 ,w__782);
  xnor g__704(w__783 ,w__781 ,w__760);
  or g__705(w__782 ,w__695 ,w__781);
  and g__706(w__781 ,w__711 ,w__780);
  xnor g__707(out4[2] ,w__779 ,w__759);
  or g__708(w__780 ,w__703 ,w__779);
  xnor g__709(out4[1] ,w__715 ,w__758);
  and g__710(w__779 ,w__723 ,w__778);
  xor g__711(out4[0] ,in3[0] ,in1[0]);
  or g__712(w__778 ,w__698 ,w__715);
  xnor g__713(w__777 ,w__625 ,in3[20]);
  xnor g__714(w__776 ,w__616 ,in3[19]);
  xnor g__715(w__775 ,w__602 ,in3[18]);
  xnor g__716(w__774 ,w__618 ,in3[17]);
  xnor g__717(w__773 ,w__605 ,in3[16]);
  xnor g__718(w__772 ,w__607 ,in3[15]);
  xnor g__719(w__771 ,w__620 ,in3[14]);
  xnor g__720(w__770 ,w__611 ,in3[13]);
  xnor g__721(w__769 ,w__622 ,in3[12]);
  xnor g__722(w__768 ,w__614 ,in3[11]);
  xnor g__723(w__767 ,w__626 ,in3[10]);
  xnor g__724(w__766 ,w__617 ,in3[9]);
  xnor g__725(w__765 ,w__627 ,in3[8]);
  xnor g__726(w__764 ,w__609 ,in3[7]);
  xnor g__727(w__763 ,w__623 ,in3[6]);
  xnor g__728(w__762 ,w__590 ,in3[5]);
  xnor g__729(w__761 ,w__628 ,in3[4]);
  xnor g__730(w__760 ,w__587 ,in3[3]);
  xnor g__731(w__759 ,w__619 ,in3[2]);
  xnor g__732(w__758 ,w__584 ,in3[1]);
  xnor g__733(w__757 ,w__606 ,in3[31]);
  xnor g__734(w__756 ,w__593 ,in3[30]);
  xnor g__735(w__755 ,w__608 ,in3[29]);
  xnor g__736(w__754 ,w__596 ,in3[28]);
  xnor g__737(w__753 ,w__610 ,in3[27]);
  xnor g__738(w__752 ,w__621 ,in3[26]);
  xnor g__739(w__751 ,w__612 ,in3[25]);
  xnor g__740(w__750 ,w__599 ,in3[24]);
  xnor g__741(w__749 ,w__613 ,in3[23]);
  xnor g__742(w__748 ,w__624 ,in3[22]);
  xnor g__743(w__747 ,w__615 ,in3[21]);
  nor g__744(w__746 ,w__632 ,in3[23]);
  or g__745(w__745 ,w__662 ,w__626);
  or g__746(w__744 ,w__655 ,w__621);
  nor g__747(w__743 ,w__642 ,in3[17]);
  nor g__748(w__742 ,w__637 ,in3[10]);
  or g__749(w__741 ,w__682 ,w__617);
  or g__750(w__740 ,w__675 ,w__625);
  nor g__751(w__739 ,w__629 ,in3[9]);
  or g__752(w__738 ,w__677 ,w__627);
  nor g__753(w__737 ,w__635 ,in3[7]);
  or g__754(w__736 ,w__656 ,w__592);
  or g__755(w__735 ,w__670 ,w__616);
  nor g__756(w__734 ,w__641 ,in3[8]);
  or g__757(w__733 ,w__660 ,w__609);
  or g__758(w__732 ,w__681 ,w__589);
  nor g__759(w__731 ,w__651 ,in3[26]);
  nor g__760(w__730 ,w__644 ,in3[20]);
  nor g__761(w__729 ,w__634 ,in3[19]);
  nor g__762(w__728 ,w__646 ,in3[29]);
  nor g__763(w__727 ,w__645 ,in3[6]);
  or g__764(w__726 ,w__674 ,w__601);
  nor g__765(w__725 ,w__636 ,in3[21]);
  or g__766(w__724 ,w__663 ,w__595);
  or g__767(w__723 ,w__673 ,w__583);
  or g__768(w__722 ,w__667 ,w__586);
  nor g__769(w__721 ,w__638 ,in3[25]);
  or g__770(w__720 ,w__654 ,w__612);
  or g__771(w__719 ,w__669 ,w__598);
  or g__772(w__718 ,w__659 ,w__623);
  or g__773(w__717 ,w__657 ,w__618);
  or g__774(w__716 ,w__653 ,w__604);
  or g__775(w__714 ,w__680 ,w__611);
  nor g__776(w__713 ,w__647 ,in3[11]);
  nor g__777(w__712 ,w__630 ,in3[31]);
  or g__778(w__711 ,w__661 ,w__619);
  and g__779(w__710 ,w__605 ,w__653);
  or g__780(w__709 ,w__666 ,w__607);
  and g__781(w__708 ,w__599 ,w__669);
  and g__782(w__707 ,w__596 ,w__663);
  or g__783(w__706 ,w__658 ,w__613);
  nor g__784(w__705 ,w__631 ,in3[15]);
  or g__785(w__704 ,w__676 ,w__620);
  nor g__786(w__703 ,w__640 ,in3[2]);
  and g__787(w__702 ,w__593 ,w__656);
  or g__788(w__701 ,w__678 ,w__610);
  and g__789(w__700 ,w__602 ,w__674);
  nor g__790(w__699 ,w__639 ,in3[14]);
  and g__791(w__698 ,w__584 ,w__673);
  nor g__792(w__697 ,w__648 ,in3[4]);
  or g__793(w__696 ,w__652 ,w__624);
  and g__794(w__695 ,w__587 ,w__667);
  and g__795(w__694 ,w__590 ,w__681);
  nor g__796(w__693 ,w__650 ,in3[13]);
  or g__797(w__692 ,w__683 ,w__622);
  or g__798(w__691 ,w__671 ,w__606);
  or g__799(w__690 ,w__668 ,w__608);
  nor g__800(w__689 ,w__643 ,in3[12]);
  or g__801(w__688 ,w__672 ,w__614);
  nor g__802(w__687 ,w__649 ,in3[22]);
  or g__803(w__686 ,w__665 ,w__628);
  nor g__804(w__685 ,w__633 ,in3[27]);
  or g__805(w__684 ,w__679 ,w__615);
  and g__806(w__715 ,in1[0] ,w__664);
  not g__807(w__683 ,in3[12]);
  not g__808(w__682 ,in3[9]);
  not g__809(w__681 ,in3[5]);
  not g__810(w__680 ,in3[13]);
  not g__811(w__679 ,in3[21]);
  not g__812(w__678 ,in3[27]);
  not g__813(w__677 ,in3[8]);
  not g__814(w__676 ,in3[14]);
  not g__815(w__675 ,in3[20]);
  not g__816(w__674 ,in3[18]);
  not g__817(w__673 ,in3[1]);
  not g__818(w__672 ,in3[11]);
  not g__819(w__671 ,in3[31]);
  not g__820(w__670 ,in3[19]);
  not g__821(w__669 ,in3[24]);
  not g__822(w__668 ,in3[29]);
  not g__823(w__667 ,in3[3]);
  not g__824(w__666 ,in3[15]);
  not g__825(w__665 ,in3[4]);
  not g__826(w__664 ,in3[0]);
  not g__827(w__663 ,in3[28]);
  not g__828(w__662 ,in3[10]);
  not g__829(w__661 ,in3[2]);
  not g__830(w__660 ,in3[7]);
  not g__831(w__659 ,in3[6]);
  not g__832(w__658 ,in3[23]);
  not g__833(w__657 ,in3[17]);
  not g__834(w__656 ,in3[30]);
  not g__835(w__655 ,in3[26]);
  not g__836(w__654 ,in3[25]);
  not g__837(w__653 ,in3[16]);
  not g__838(w__652 ,in3[22]);
  not g__839(w__628 ,w__648);
  not g__840(w__648 ,w__267);
  not g__841(w__627 ,w__641);
  not g__842(w__641 ,w__271);
  not g__843(w__626 ,w__637);
  not g__844(w__637 ,w__273);
  not g__845(w__625 ,w__644);
  not g__846(w__644 ,w__283);
  not g__847(w__624 ,w__649);
  not g__848(w__649 ,w__285);
  not g__849(w__623 ,w__645);
  not g__850(w__645 ,w__269);
  not g__851(w__622 ,w__643);
  not g__852(w__643 ,w__275);
  not g__853(w__621 ,w__651);
  not g__854(w__651 ,w__289);
  not g__855(w__620 ,w__639);
  not g__856(w__639 ,w__277);
  not g__857(w__619 ,w__640);
  not g__858(w__640 ,w__265);
  not g__859(w__618 ,w__642);
  not g__860(w__642 ,w__280);
  not g__861(w__617 ,w__629);
  not g__862(w__629 ,w__272);
  not g__863(w__616 ,w__634);
  not g__864(w__634 ,w__282);
  not g__865(w__615 ,w__636);
  not g__866(w__636 ,w__284);
  not g__867(w__614 ,w__647);
  not g__868(w__647 ,w__274);
  not g__869(w__613 ,w__632);
  not g__870(w__632 ,w__286);
  not g__871(w__612 ,w__638);
  not g__872(w__638 ,w__288);
  not g__873(w__611 ,w__650);
  not g__874(w__650 ,w__276);
  not g__875(w__610 ,w__633);
  not g__876(w__633 ,w__290);
  not g__877(w__609 ,w__635);
  not g__878(w__635 ,w__270);
  not g__879(w__608 ,w__646);
  not g__880(w__646 ,w__292);
  not g__881(w__607 ,w__631);
  not g__882(w__631 ,w__278);
  not g__883(w__606 ,w__630);
  not g__884(w__630 ,w__294);
  not g__885(w__605 ,w__603);
  not g__886(w__604 ,w__603);
  not g__887(w__603 ,w__279);
  not g__888(w__602 ,w__600);
  not g__889(w__601 ,w__600);
  not g__890(w__600 ,w__281);
  not g__891(w__599 ,w__597);
  not g__892(w__598 ,w__597);
  not g__893(w__597 ,w__287);
  not g__894(w__596 ,w__594);
  not g__895(w__595 ,w__594);
  not g__896(w__594 ,w__291);
  not g__897(w__593 ,w__591);
  not g__898(w__592 ,w__591);
  not g__899(w__591 ,w__293);
  not g__900(w__590 ,w__588);
  not g__901(w__589 ,w__588);
  not g__902(w__588 ,w__268);
  not g__903(w__587 ,w__585);
  not g__904(w__586 ,w__585);
  not g__905(w__585 ,w__266);
  not g__906(w__584 ,w__582);
  not g__907(w__583 ,w__582);
  not g__908(w__582 ,w__264);
  buf g__909(out4[31] ,w__867);
  buf g__910(out4[29] ,w__861);
  buf g__911(out4[30] ,w__864);
  buf g__912(out4[32] ,w__868);
  buf g__913(out4[10] ,w__804);
  buf g__914(out4[7] ,w__795);
  buf g__915(out4[8] ,w__798);
  buf g__916(out4[19] ,w__831);
  buf g__917(out4[14] ,w__816);
  buf g__918(out4[4] ,w__786);
  buf g__919(out4[3] ,w__783);
  buf g__920(out4[5] ,w__789);
  buf g__921(out4[11] ,w__807);
  buf g__922(out4[12] ,w__810);
  buf g__923(out4[25] ,w__849);
  buf g__924(out4[21] ,w__837);
  buf g__925(out4[27] ,w__855);
  buf g__926(out4[23] ,w__843);
  buf g__927(out4[18] ,w__828);
  buf g__928(out4[24] ,w__846);
  buf g__929(out4[15] ,w__819);
  buf g__930(out4[16] ,w__822);
  buf g__931(out4[17] ,w__825);
  buf g__932(out4[22] ,w__840);
  buf g__933(out4[28] ,w__858);
  buf g__934(out4[6] ,w__792);
  buf g__935(out4[26] ,w__852);
  buf g__936(out4[9] ,w__801);
  buf g__937(out4[13] ,w__813);
  buf g__938(out4[20] ,w__834);
endmodule